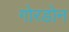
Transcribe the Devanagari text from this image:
गोरडोन